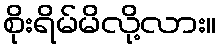
စိုးရိမ်မိလို့လား။